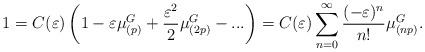
LaTeX: \begin{align*}1=C(\varepsilon) \left(1-\varepsilon \mu_{(p)}^{G}+\frac{\varepsilon^{2}}{2} \mu_{(2p)}^{G} -...\right)=C(\varepsilon) \sum_{n=0}^{\infty} \frac{(-\varepsilon)^{n}}{n!} \mu_{(np)}^{G}. \end{align*}